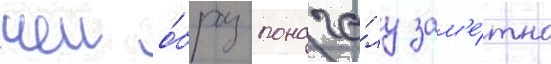
чеи о́браз понача́лу зам'е́тно